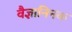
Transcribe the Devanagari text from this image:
वैज्ञानिनक